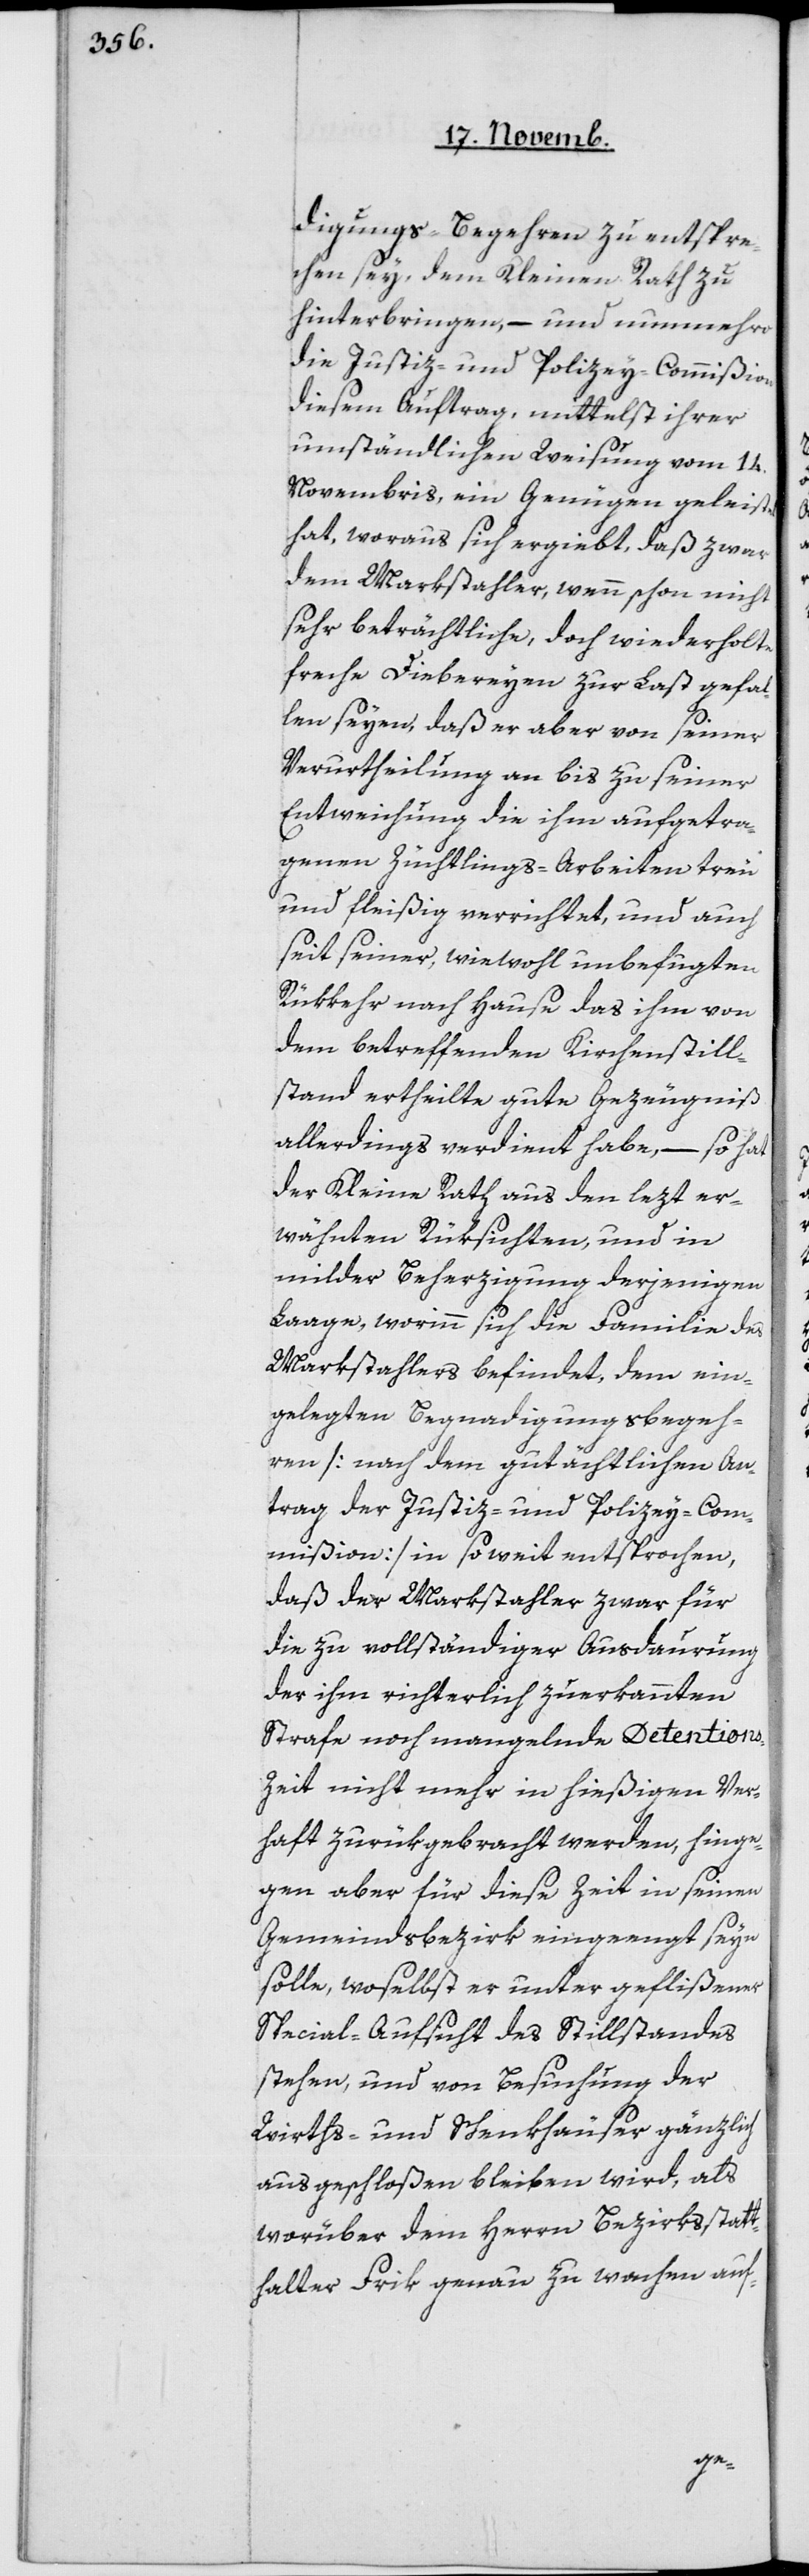
digungs-Begehren zu entspre¬
chen sey, dem Kleinen Rath zu
hinterbringen, – und nunmehro
die Justiz- und Polizey-Commißion
disem Auftrag, mittelst ihrer
umständlichen Weisung vom 14.
Novembris, ein Genügen geleistet
hat, woraus sich ergiebt, daß zwar
dem Markstahler, wenn schon nicht
sehr beträchtliche, doch wiederholte
freche Diebereyen zur Last gefal¬
len seyen, daß er aber von seiner
Verurtheilung an bis zu seiner
Entweichung die ihm aufgetra¬
genen Züchtlings-Arbeiten treu
und fleißig errichtet, und auch
seit seiner, wiewohl unbefugten
Rükkehr nach Hause das ihm von
dem betreffenden Kirchenstill¬
stand ertheilte gute Gezeugniß
allerdings verdient habe, – so hat
der Kleine Rath aus den lezt er¬
wähntenRüksichten und in
milder Beherzigung derjenigen
Laage, worinn sich die Familie des
Markstahlers befindet, dem ein¬
gelegten Begnadigungsbegeh¬
ren [nach dem gutächtlichen An¬
trag der Justiz- und Polizey-Com¬
mißion] in soweit entsprochen,
daß der Markstahler zwar für
die zu vollständiger Ausdaurung
der ihm richterlich zuerkannten
Strafe noch mangelnde Detension¬
s-Zeit nicht mehr in hießigen Ver¬
haft zurükgebracht werden, hinge¬
gen aber für diese Zeit in seinen
Gemeindsbezirk eingeengt seyn
solle, woselbst er unter geflißener
Special-Aufsicht des Stillstandes
stehen, und von Besuchung der
Wirths- und Schenkhäuser gänzlich
ausgeschloßen bleiben wird, als
worüber dem Herrn Bezirksstatt¬
halter Frik genau zu wachen auf-